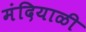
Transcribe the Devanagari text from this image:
मंदियाळी